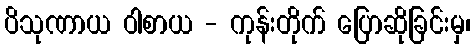
ပိသုဏာယ ဝါစာယ - ကုန်းတိုက် ပြောဆိုခြင်းမှ၊